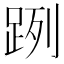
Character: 𨀺